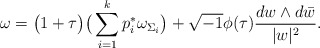
\begin{align*} \omega=\big(1+\tau\big)\big(\sum_{i=1}^{k}p_{i}^{*}\omega_{\Sigma_{i}}\big)+\sqrt{-1}\phi(\tau)\frac{dw\wedge d\bar{w}}{\lvert w\rvert^{2}}.\end{align*}